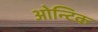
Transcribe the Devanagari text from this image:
ओन्टिक